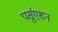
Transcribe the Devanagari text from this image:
पर्सुएशन